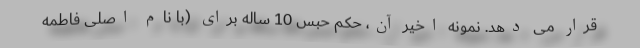
قرار می دهد. نمونه اخیر آن، حکم حبس 10 ساله برای (با نام اصلی فاطمه